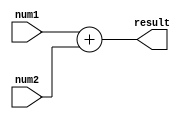
module fixed_point_adder(
  input wire [15:0] num1,
  input wire [15:0] num2,
  output wire [15:0] result
);

  reg [15:0] sum;
  
  always @* begin
    sum = num1 + num2; // Fixed-point addition
    
    // Additional arithmetic blocks can be implemented here
    // For example: multiplication, division, rounding
    
    result = sum;
  end
  
endmodule